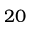
2 0